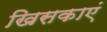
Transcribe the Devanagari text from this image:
खिसकाएं